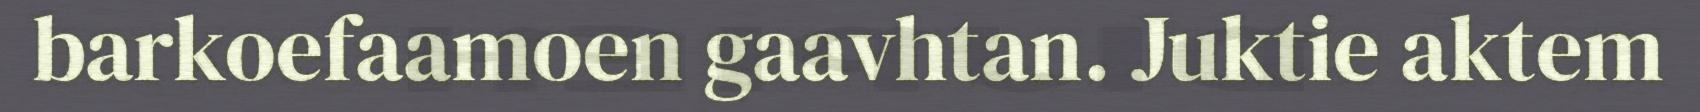
barkoefaamoen gaavhtan. Juktie aktem